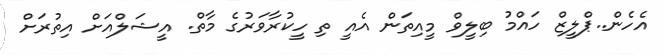
އެހެން..ޕްލީޒް ހައްމު ބިލީވް މީއިތަން އެއީ ތި ހީކުރާވަރުގެ މާތް. އީޝަލްއަށް އިތުރަށް